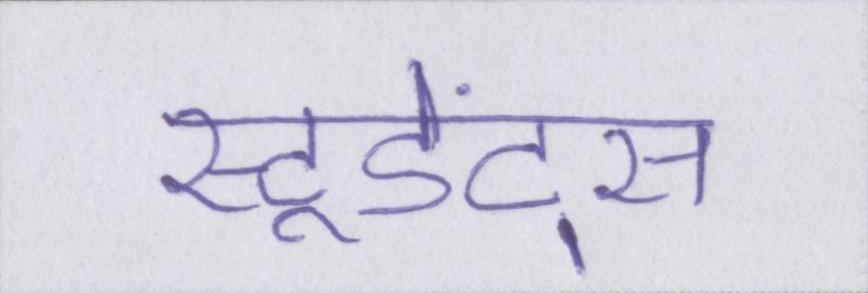
स्टूडेंट्स